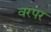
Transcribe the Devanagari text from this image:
वरपर